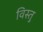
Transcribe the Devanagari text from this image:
विस्तु